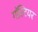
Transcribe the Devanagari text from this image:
गॉल्टियर